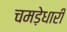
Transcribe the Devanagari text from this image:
चमड़ेधारी